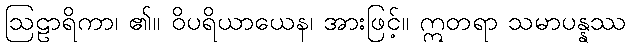
ဩဠာရိကာ၊ ၏။ ဝိပရိယာယေန၊ အားဖြင့်။ ဣတရာ သမာပန္နဿ